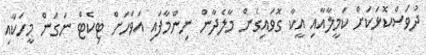
ދުވަސްކޮޅަކަށް ކަމީލާއާއި އީކާ ގޮވައިގެން މާލެދާން ނިންމާފައި އަވަހަށް ޓިކެޓް ނަގަން މީހަކާއި